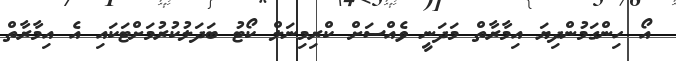
އޯ ހިންގަމުންދިޔަ އިމާރާތް މަދަނީ ވެއްސަށް ކްރިމިނަލް ކޯޓު ބަދަލުކުރުމަށްޓަކައި އެ އިމާރާތް